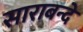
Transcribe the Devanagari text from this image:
साराबन्दे